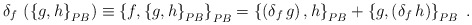
\begin{align*}\delta_{f}\,\left( \left\{ g,h\right\} _{{\footnotesize PB}}\right)\equiv\left\{ f,\left\{ g,h\right\} _{{\footnotesize PB}}\right\}_{{\footnotesize PB}}=\left\{ \left( \delta_{f}\,g\right) ,h\right\}_{{\footnotesize PB}}+\left\{ g,\left( \delta_{f}\,h\right) \right\}_{{\footnotesize PB}}\;.\end{align*}